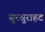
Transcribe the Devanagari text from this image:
सुरसुराहट